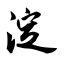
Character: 淀